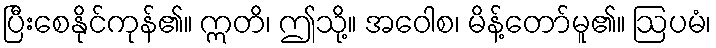
ပြီးစေနိုင်ကုန်၏။ ဣတိ၊ ဤသို့။ အဝေါစ၊ မိန့်တော်မူ၏။ ဩပမံ၊